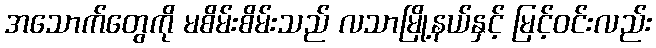
အသောက်တွေကို မစိမ်းစိမ်းသည် လသာမြို့နယ်နှင့် မြင့်ဝင်းလည်း